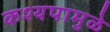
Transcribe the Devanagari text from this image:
कश्यपामुळे